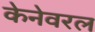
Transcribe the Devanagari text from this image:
केनेवरल